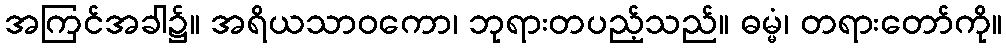
အကြင်အခါ၌။ အရိယသာဝကော၊ ဘုရားတပည့်သည်။ ဓမ္မံ၊ တရားတော်ကို။